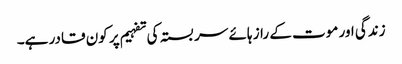
زندگی اور موت کے راز ہائے سربستہ کی تفہیم پر کون قادر ہے۔